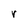
Character: r